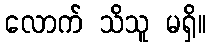
လောက် သိသူ မရှိ။